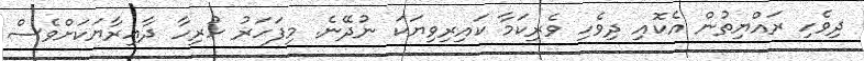
ދިވެހި ރައްޔިތުން އެކޮއި ދިވެހި ވެރިކަމާ ކައިރިވިޔަކަ ނުދޭނެ. މިފަހަރު ހުރިހާ ދާޢިރާޔަކަށްވެސް